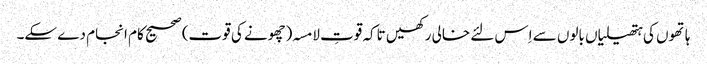
ہاتھوں کی ہتھیلیاں بالوں سے اِس لئے خالی رکھیں تاکہ قوتِ لامسہ(چھونے کی قوت) صحیح کام انجام دے سکے۔